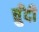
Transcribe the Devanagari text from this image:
चुँदी